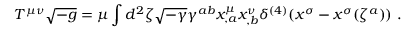
T ^ { \mu \nu } \sqrt { - g } = \mu \int d ^ { 2 } \zeta \sqrt { - \gamma } \gamma ^ { a b } x _ { , a } ^ { \mu } x _ { , b } ^ { \nu } \delta ^ { ( 4 ) } ( x ^ { \sigma } - x ^ { \sigma } ( \zeta ^ { a } ) ) ~ .